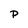
Character: P